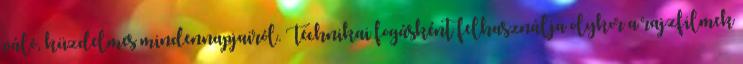
váló, küzdelmes mindennapjairól. Technikai fogásként felhasználja olykor a rajzfilmek